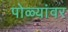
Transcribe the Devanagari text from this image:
पोळ्यांवर